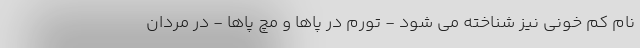
نام کم خونی نیز شناخته می شود - تورم در پاها و مچ پاها - در مردان